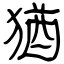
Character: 猶